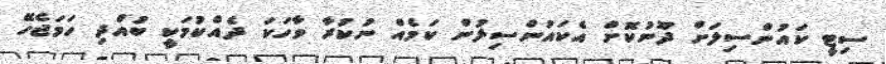
ސިޓީ ކައުންސިލަށް ދޫނުކޮށް އެކައުންސިލުން ކަމެއް ނުކުރާ ވާހަކަ ދެއްކުމަކީ ބުއްދި ހަމަޖެހޭ